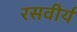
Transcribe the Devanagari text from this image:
रसवीर्य